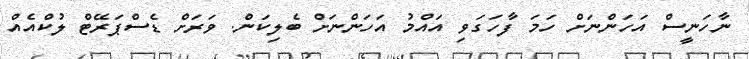
ނާހަނީސް އަހަންނަށް ހަމަ ފާހަގަވި އައްމު އަހަންނަށް ބެލިކަން. ވަރަށް ޑެސްޕަރޭޓް ލުކްއެއް